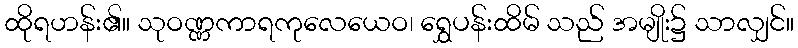
ထိုရဟန်း၏။ သုဝဏ္ဏကာရကုလေယေဝ၊ ရွှေပန်းထိမ် သည် အမျိုး၌ သာလျှင်။